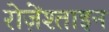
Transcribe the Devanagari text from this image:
रोज़ेंश्ताइन